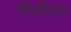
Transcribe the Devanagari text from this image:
विटीच्या